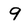
Character: 9